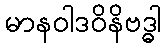
မာနဝါဒဝိနိဗဒ္ဓါ